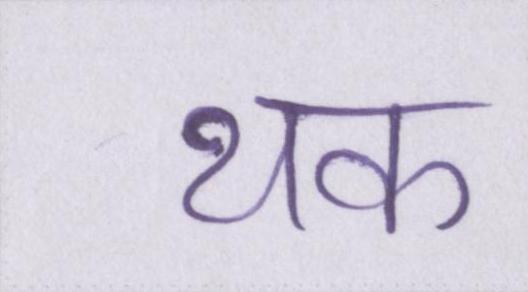
थक